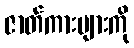
ဇာတ်ကားများကို